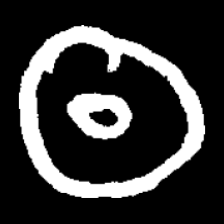
Pyu character \u2014 Myanmar letter: ထ (romanized: tha)